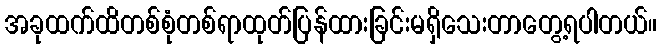
အခုထက်ထိတစ်စုံတစ်ရာထုတ်ပြန်ထားခြင်းမရှိသေးတာတွေ့ရပါတယ်။